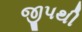
જીપથી